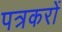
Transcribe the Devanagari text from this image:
पत्रकरों